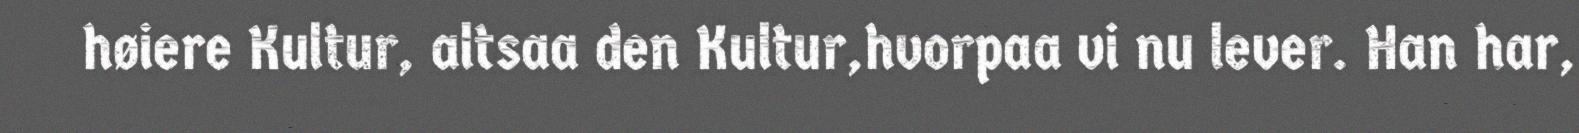
høiere Kultur, altsaa den Kultur,hvorpaa vi nu lever. Han har,